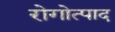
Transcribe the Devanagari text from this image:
रोगोत्पाद